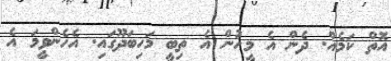
އޮތް ކަމެއް. ދެން އެ މީހުން އެ ތިބީ މަހިބަދޫގައި. އެހެންވީމަ އެ